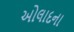
ઓલાદના